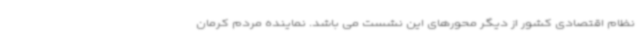
نظام اقتصادی کشور از دیگر محورهای این نشست می باشد. نماینده مردم کرمان